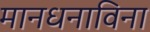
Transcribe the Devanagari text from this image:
मानधनाविना